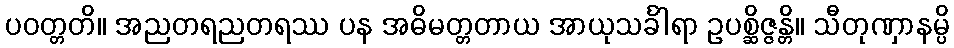
ပဝတ္တတိ။ အညတရညတရဿ ပန အဓိမတ္တတာယ အာယုသင်္ခါရာ ဥပစ္ဆိဇ္ဇန္တိ။ သီတုဏှာနမ္ပိ